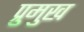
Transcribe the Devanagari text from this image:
प्रुमुख